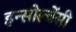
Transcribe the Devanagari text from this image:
इन्सोल्वेंसी